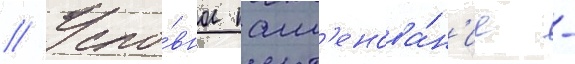
// Усло́вное наим'енова́н'ие -